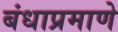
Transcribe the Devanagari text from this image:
बंधाप्रमाणे